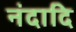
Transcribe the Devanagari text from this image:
नंदादि